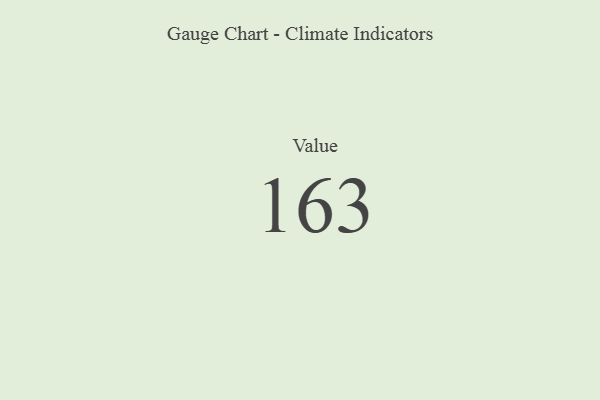
{"axis": {"x": "Metric", "y": "Value"}, "legend": [""], "data": [{"x": "Value", "y": 163, "type": ""}]}